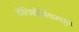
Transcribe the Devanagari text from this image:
कॅलिफोर्नियामधुन